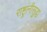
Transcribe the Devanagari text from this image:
राष्ट्रांनीसुद्धा